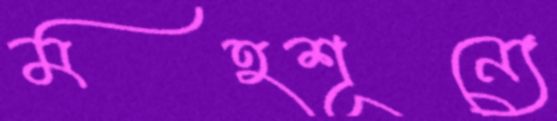
মহশূন্যে